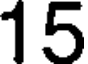
15